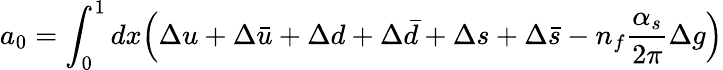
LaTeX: a_{0}=\int_{0}^{1}dx\Big(\Delta u+\Delta\bar{u}+\Delta d+\Delta\bar{d}+\Delta s+\Delta\bar{s}-n_{f}\frac{\alpha_{s}}{2\pi}\Delta g\Big)